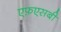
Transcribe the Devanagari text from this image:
एफ़एसबी